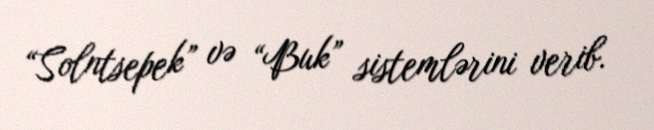
“Solntsepek” və “Buk” sistemlərini verib.